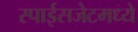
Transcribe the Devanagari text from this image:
स्पाईसजेटमध्ये